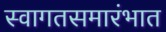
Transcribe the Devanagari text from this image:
स्वागतसमारंभात